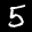
Label: 5